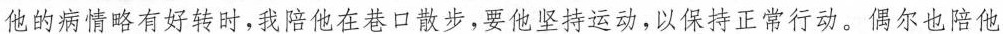
他的病情略有好转时，我陪他在巷口散步，要他坚持运动，以保持正常行动，偶尔也陪他